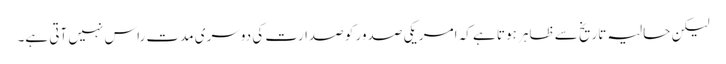
لیکن حالیہ تاریخ سے ظاہر ہوتا ہے کہ امریکی صدور کو صدارت کی دوسری مدت راس نہیں آتی ہے۔